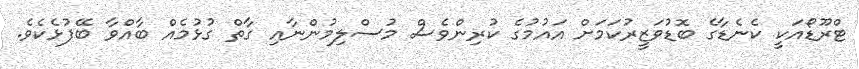
ޓްރޫޑޯއަކީ ކެނެޑާގެ ބޮޑުވަޒީރުކަމަށް އައުމުގެ ކުރިންވެސް މުސްލިމުންނާއި ގާތް ގުޅުމެއް ބާއްވާ ބޭފުޅެކެވެ.